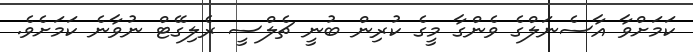
ކަމަށްވާ އާސެނަލްގެ ވެންގާ މީގެ ކުރިން ބުނީ ޗެލްސީ ރެލިގޭޓް ނުވާނެ ކަމަށެވެ.